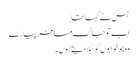
جس نے کہا تھا ؎
اب تو جاگ مسافر پیارے
وہ جو خوابوں کو سُلادیتے ہوں۔